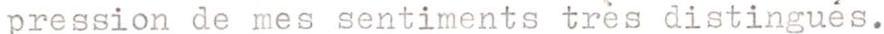
pression de mes sentiments très distingués.